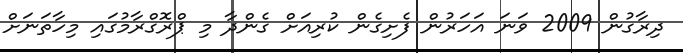
ދިރާގުން 2009 ވަނަ އަހަރުން ފެށިގެން ކުރިއަށް ގެންދާ މި ޕްރޮގްރާމުގައި މިހާތަނަށް